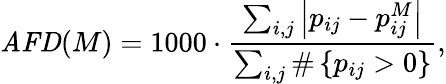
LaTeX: \mathit{AFD}(M)=1000\cdot\frac{\sum_{i,j}\left|p_{ij}-p_{ij}^{M}\right|}{\sum_{i,j}\# \left\{ p_{ij}>0\right\} },